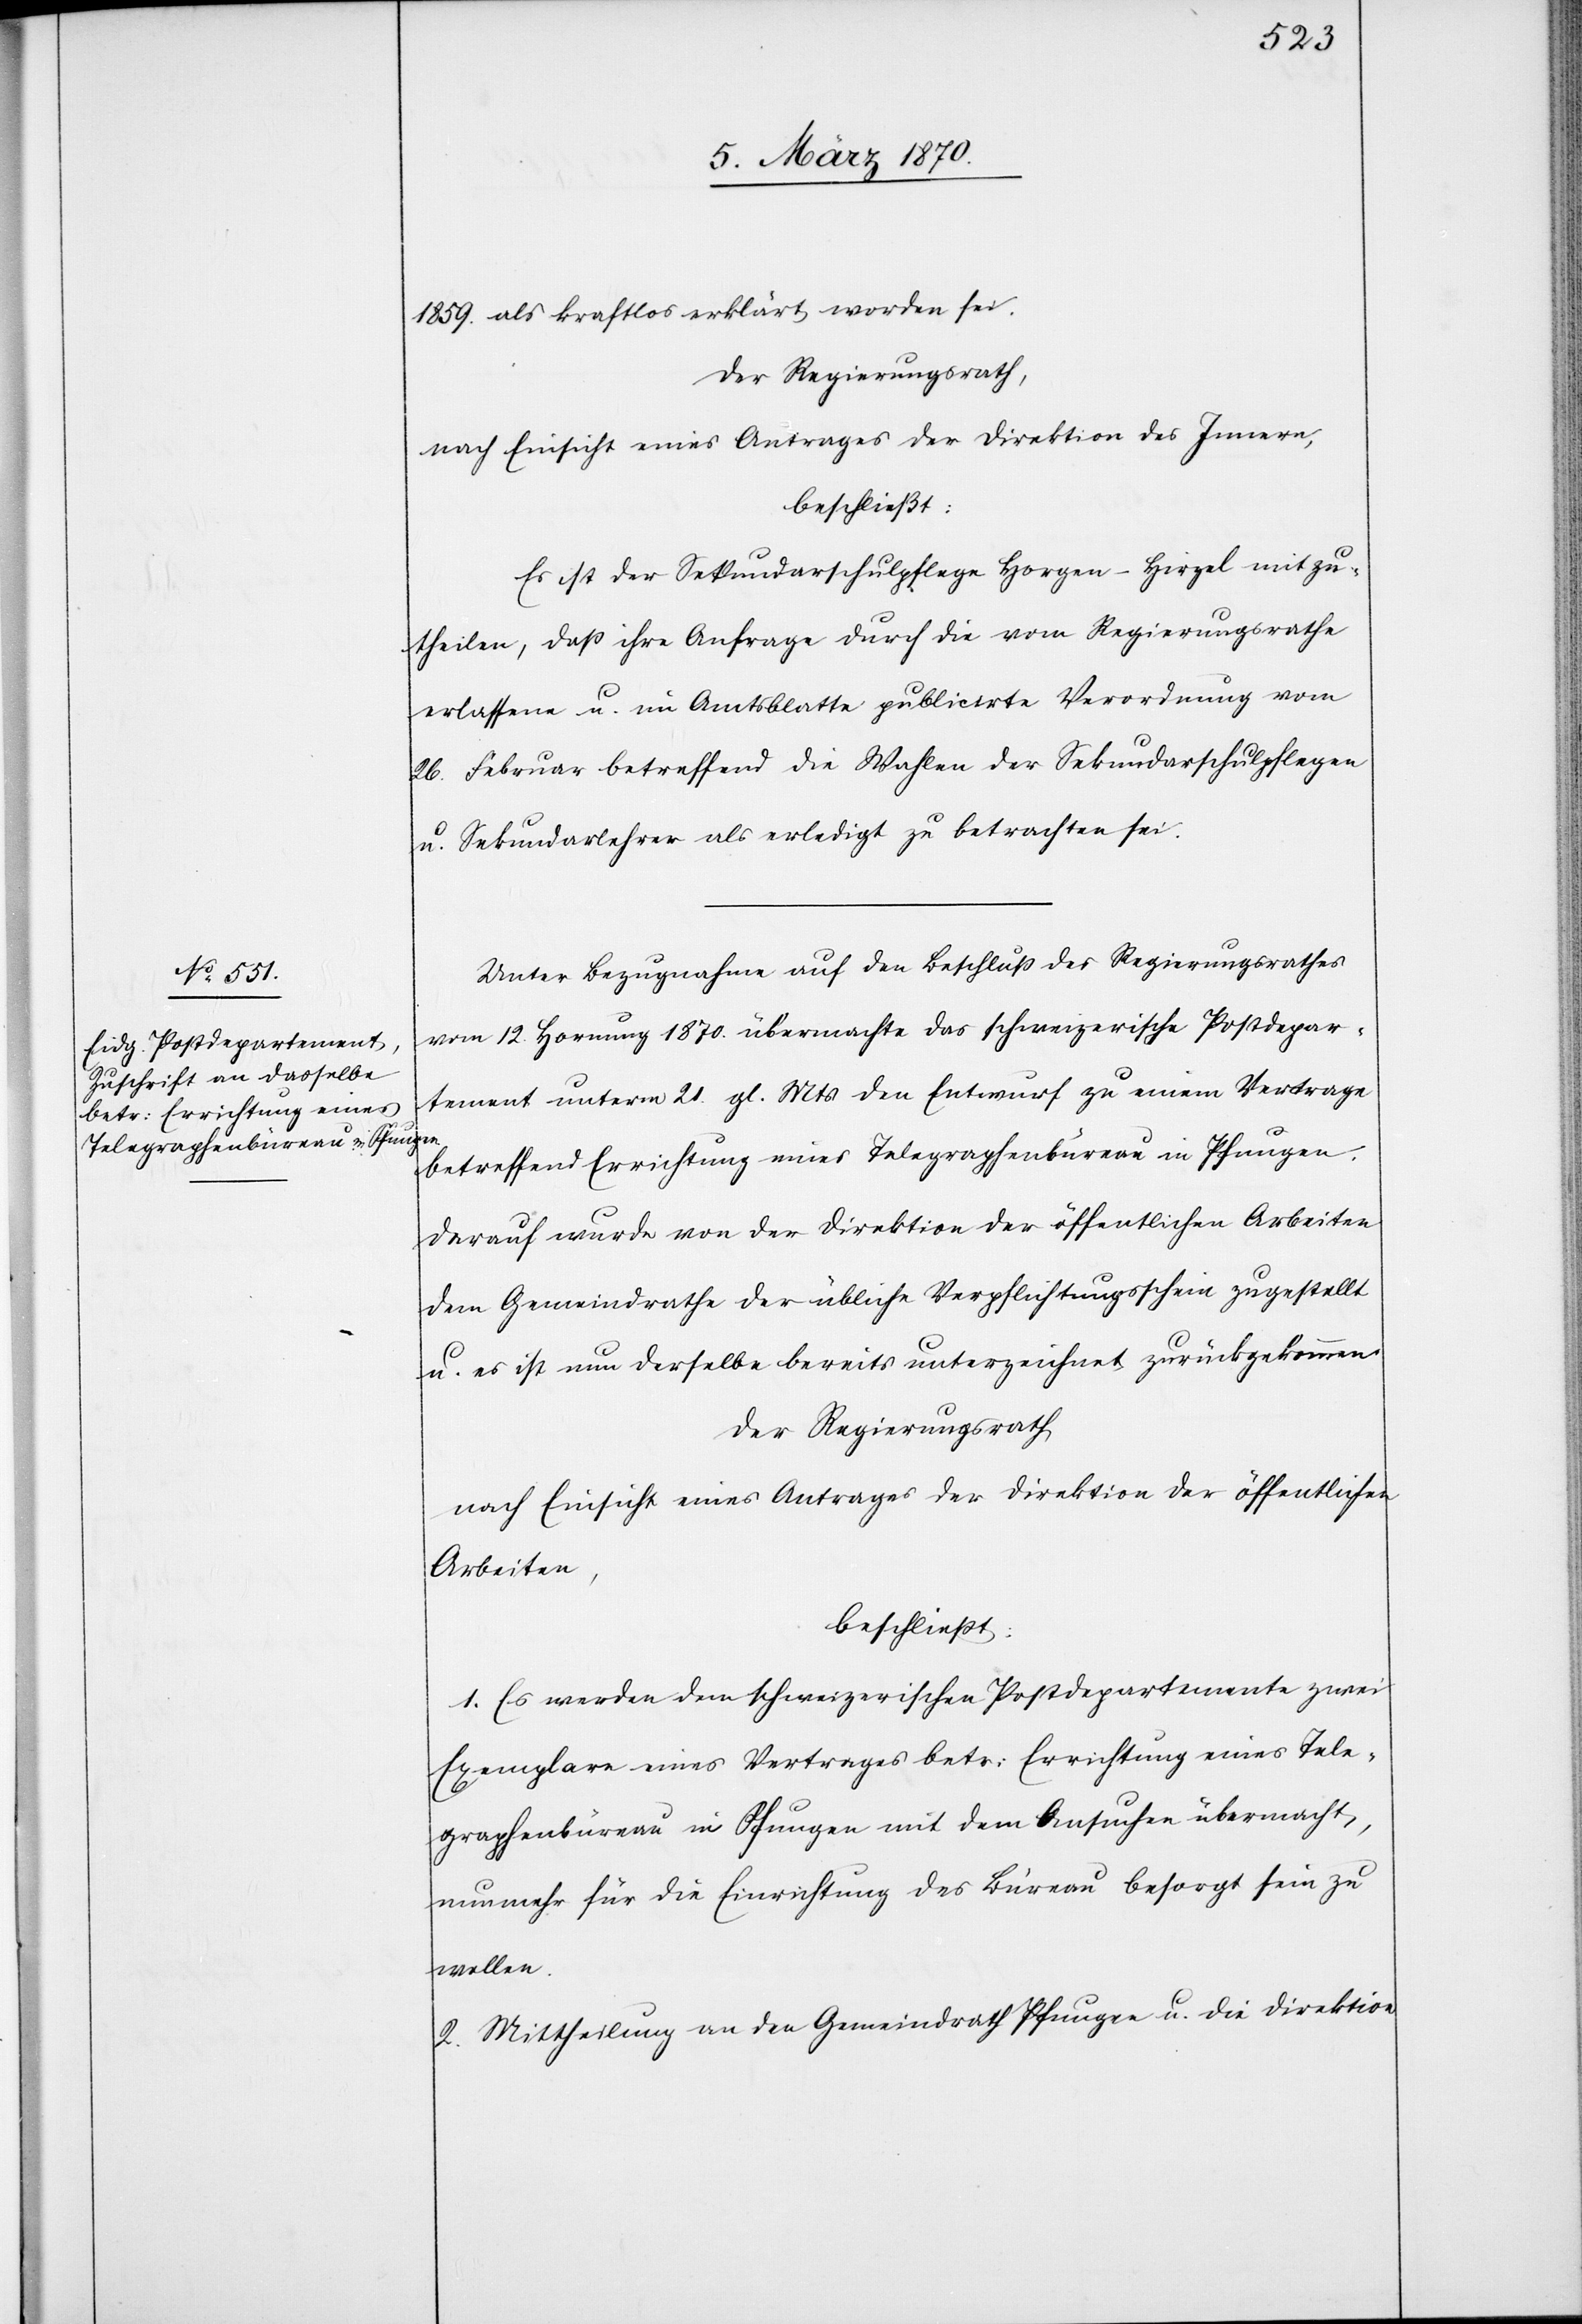
1859. als kraftlos erklärt worden sei.
Der Regierungsrath,
nach Einsicht eines Antrages der Direktion des Innern,
beschließt:
Es ist der Sekundarschulpflege Horgen-Hirzel mitzu¬
theilen, daß ihre Anfrage durch die vom Regierungsrathe
erlassene u. im Amtsblatte publicirte Verordnung vom
26. Februar betreffend die Wahlen der Sekundarschulpflegen
u. Sekundarlehrer als erledigt zu betrachten sei.
Unter Bezugnahme auf den Beschluß des Regierungsrathes
vom 12. Hornung 1870. übermachte das schweizerische Postdepar¬
tement unterm 21. gl. Mts den Entwurf zu einem Vertrage
betreffend Errichtung eines Telegraphenbüreau in Pfungen.
Darauf wurde von der Direktion der öffentlichen Arbeiten
dem Gemeindrathe der übliche Verpflichtungsschein zugestellt
u. es ist nun derselbe bereits unterzeichnet zurückgekommen
Der Regierungsrath
nach Einsicht eines Antrages der Direktion der öffentlichen
Arbeiten,
beschließt:
1. Es werden dem schweizerischen Postdepartemente zwei
Exemplare eines Vertrages betr: Errichtung eines Tele¬
graphenbüreau in Pfungen mit dem Ansuchen übermacht,
nunmehr für die Einrichtung des Büreau besorgt sein zu
wollen.
2. Mittheilung an den Gemeindrath Pfungen u. die Direktion